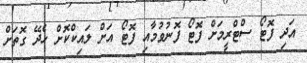
އަދި ފޮޓޯ ސްޓްރީމަށް ފޮޓޯ ފޮނުވުމާއި ފޮޓޯ އަށް ލައިކްކޮށް ހެދޭ ގޮތަށް